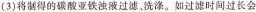
(3)将制得的碳酸亚铁浊液过滤，洗涤。如过滤时间过长会